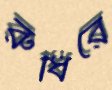
রুধিরে